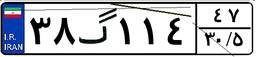
۹۷گ۶۶۹۰۴